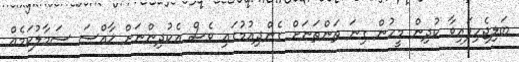
ބަލިޖެހިފައިވާ ކުދިން މީހުން ގިނަ ތަންތަނަށް ގެންދިއުމުގައި ވެސް އެކުދިންނަށް ޚާއްސަ ސަމާލުކަމެއް